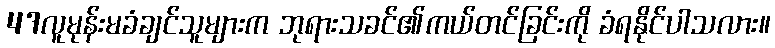
47လူမုန်းမခံချင်သူများက ဘုရားသခင်၏ကယ်တင်ခြင်းကို ခံရနိုင်ပါသလား။